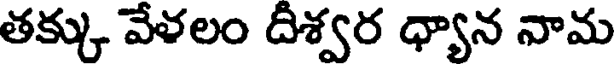
తక్కు వేళలం దీశ్వర ధ్యాన నామ